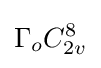
\Gamma _{o}C_{2v}^{8}